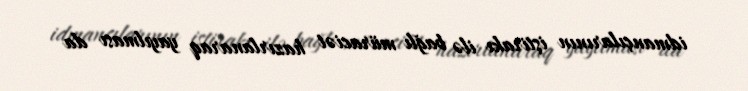
idmançılarının iştirakı ilə bağlı müraciət hazırlanaraq yayılması da